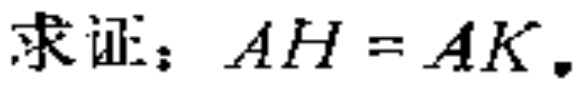
求证：$AH = AK$.